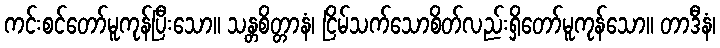
ကင်းစင်တော်မူကုန်ပြီးသော။ သန္တစိတ္တာနံ၊ ငြိမ်သက်သောစိတ်လည်းရှိတော်မူကုန်သော။ တာဒီနံ၊